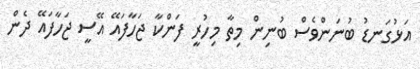
އަޅުގަނޑު ބުނަންވެސް ބުނިން މިތާ މިހުރީ ފަންކާ ޖަހާފައޭ އޭސީ ޖަހާފައޭ ދެން